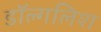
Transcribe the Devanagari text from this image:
डॉल्गलिश